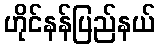
ဟိုင်နန်ပြည်နယ်